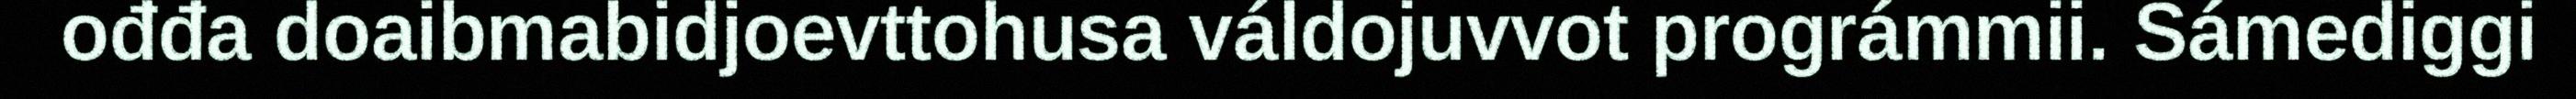
ođđa doaibmabidjoevttohusa váldojuvvot prográmmii. Sámediggi